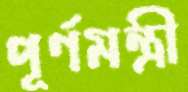
পূর্ণমন্ত্রী